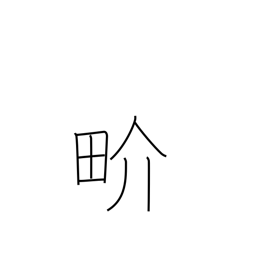
Meaning: world